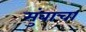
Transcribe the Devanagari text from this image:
मुंबाचा